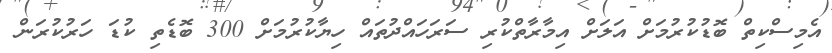
އެމިސްކިތް ބޮޑުކުރުމަށް އަލަށް އިމާރާތްކުރި ސަރަހައްދުތައް ހިޔާކުރުމަށް 300 ބޮޑެތި ކުޑަ ހަރުކުރަން